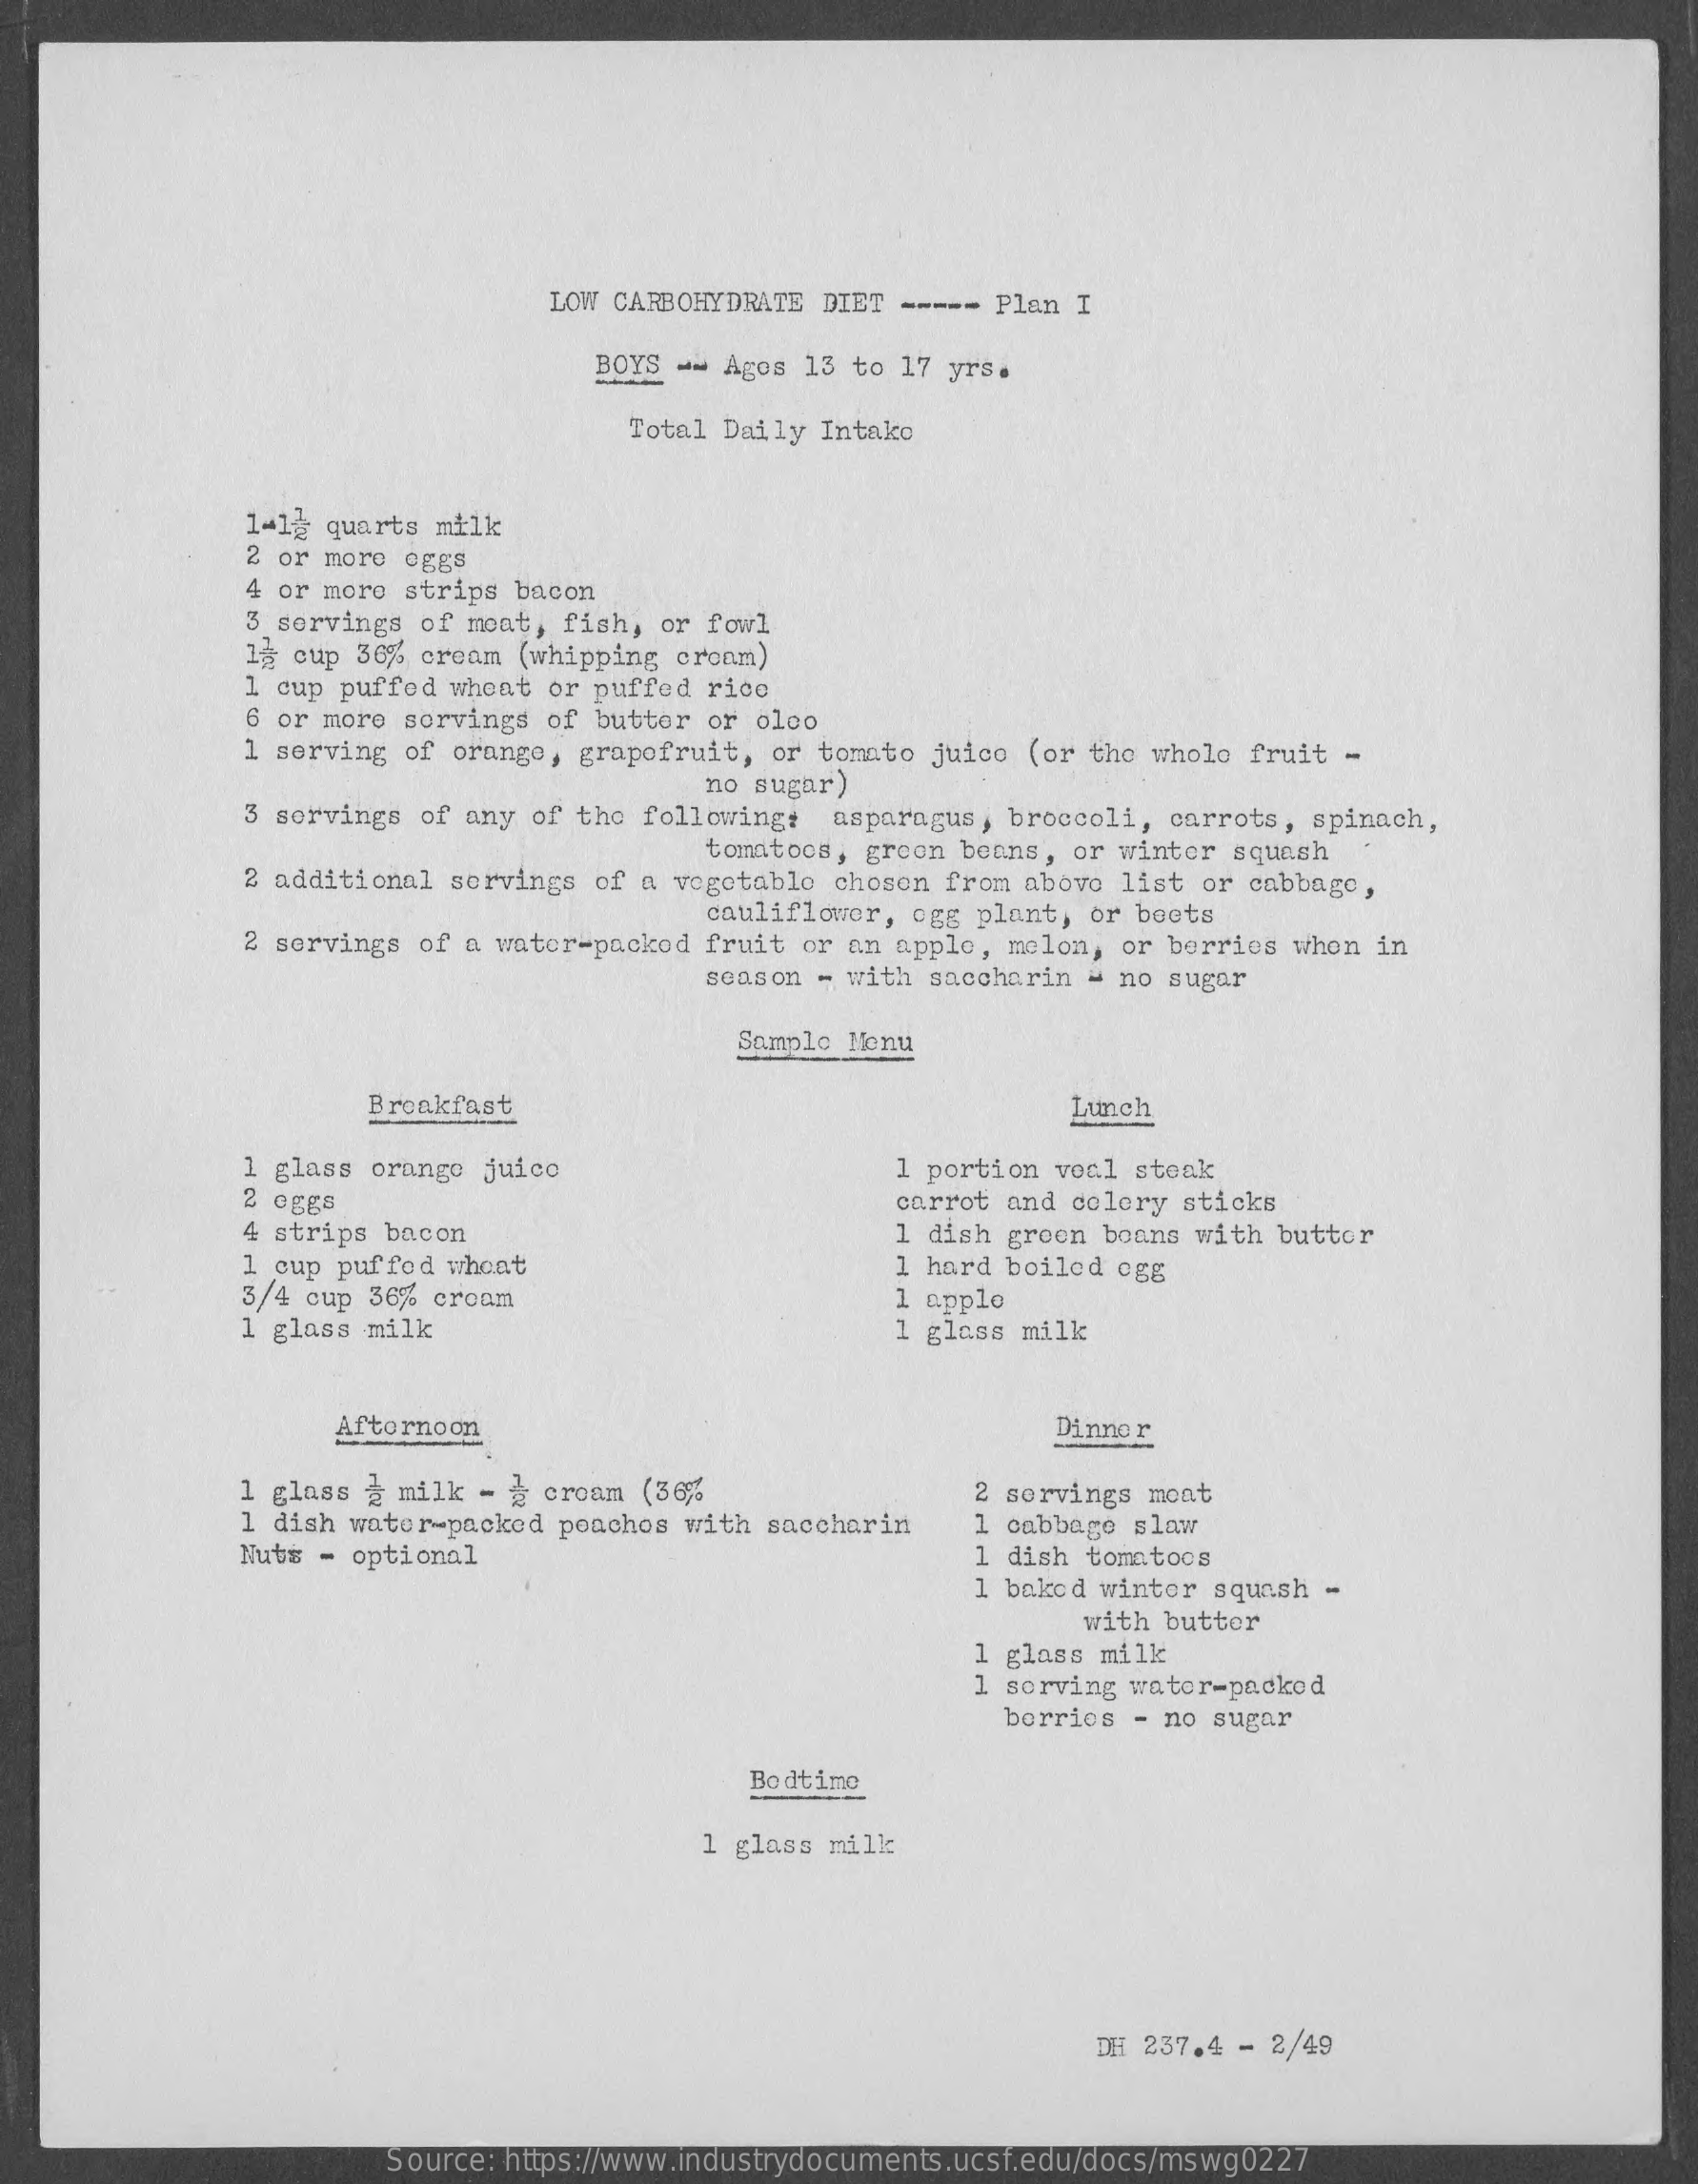
LOW CARBOHYDRATE DIET ----- Plan I
     BOYS -- Agos 13 to 17 yrs.
     Total Daily Intake
     1-19 quarts milk
     2 or more oggs
     4 or more strips bacon
     3 servings of meat, fish, or fowl
     13 cup 36% cream (whipping cream)
     1 cup puffed wheat or puffed rice
     6 or more sorvings of butter or oloo
     1 serving of orange, grapefruit, or tomato juice (or the whole fruit -
     3 servings of any of the following:
     no sugar)
     asparagus, broccoli, carrots, spinach,
     tomatoos, green beans, or winter squash
     2 additional servings of a vegetable chosen from above list or cabbage,
     cauliflower, egg plant, or beets
     2 servings of a water-packed fruit or an apple, melon, or berries whon in
     season - with saccharin - no sugar
     Sample Nonu
     Breakfast    Lunch
     1 glass orango juico    1 portion voal steak
     oggs    carrot and colery sticks
     AAAA
     4 strips bacon
     1 cup puffod whoat
     1 dish groen boans with buttor
     3/4 cup 36% croam
     1 hard boiled 0gg
     1 glass milk
     1 apple
     1 glass milk
     Afternoon    Dinner
     1 glass & milk - g croam (36%
     1 dish water-packed peaches with saccharin
     2 servings moat
     Nuts - optional
     1 cabbage slaw
     1 dish tomatoos
     1 baked winter squash -
     with butter
     1 glass milk
     1 sorving wator-packed
     borrios - no sugar
     Bodtime
     1 glass milk
     DH 237.4 - 2/49
     Source: https://www.industrydocuments.ucsf.edu/docs/mswg0227